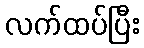
လက်ထပ်ပြီး